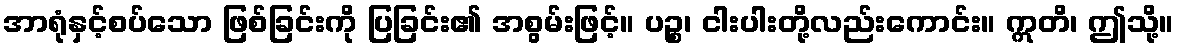
အာရုံနှင့်စပ်သော ဖြစ်ခြင်းကို ပြခြင်း၏ အစွမ်းဖြင့်။ ပဉ္စ၊ ငါးပါးတို့လည်းကောင်း။ ဣတိ၊ ဤသို့။